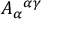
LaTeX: A _ { \alpha } { } ^ { \alpha \gamma }